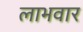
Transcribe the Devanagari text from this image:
लाभवार